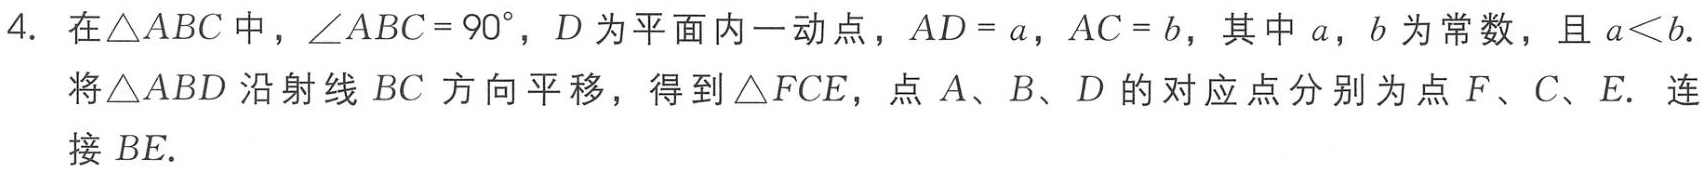
4. 在$\triangle ABC$中，$\angle ABC = 90^{\circ}$，$D$为平面内一动点，$AD = a$，$AC = b$，其中$a$，$b$为常数，且$a < b$.

将$\triangle ABD$沿射线$BC$方向平移，得到$\triangle FCE$，点$A$、$B$、$D$的对应点分别为点$F$、$C$、$E$. 连接$BE$.